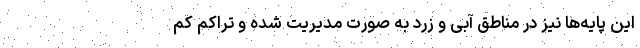
این پایه‌ها نیز در مناطق آبی و زرد به صورت مدیریت شده و تراکم کم